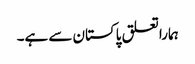
ہماراتعلق پاکستان سے ہے۔